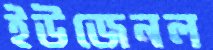
ইউজেনল